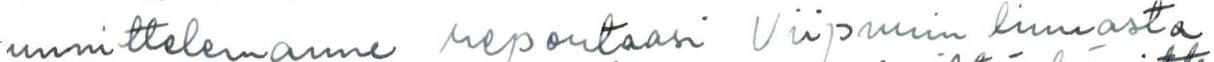
uunnittelemanne reportaasi Viipurin linnasta